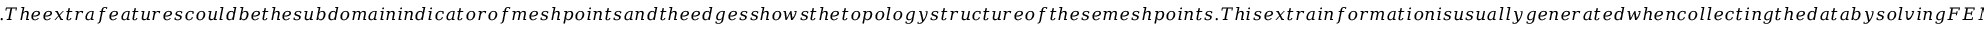
. T h e e x t r a f e a t u r e s c o u l d b e t h e s u b d o m a i n i n d i c a t o r o f m e s h p o i n t s a n d t h e e d g e s s h o w s t h e t o p o l o g y s t r u c t u r e o f t h e s e m e s h p o i n t s . T h i s e x t r a i n f o r m a t i o n i s u s u a l l y g e n e r a t e d w h e n c o l l e c t i n g t h e d a t a b y s o l v i n g F E M s . W e u s e M L P s t o e n c o d e t h e m i n t o